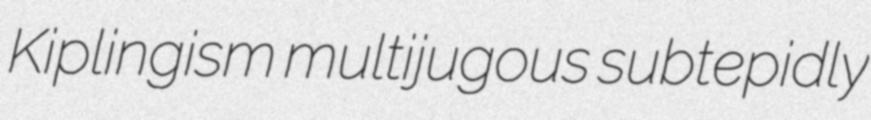
Kiplingism multijugous subtepidly